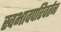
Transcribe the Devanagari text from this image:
स्वभावपरिवर्तन